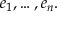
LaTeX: e _ { 1 } , \dots , e _ { n } .